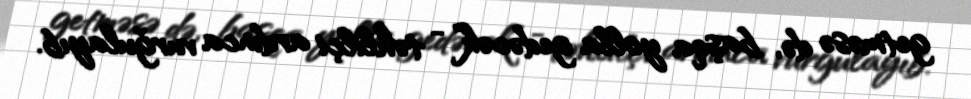
getməsə də, başqa yolla gedəcək” - təhlilçi ardınca vurğulayıb.